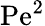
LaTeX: \mathrm{Pe}^{2}